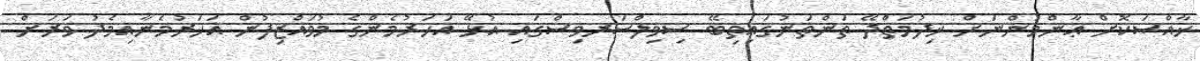
ޚާއްޞަކޮށް ޢާންމުންނަށް ޚިދުމަތްދޭ ތަންތަނުގައިތިބޭ ސިވިލްސަރވިސްގައި އުޅޭ އަހަރުމެންގެ މުވައްޒިފުން އަހަރުމެނާއިމެދު ވަރަށް